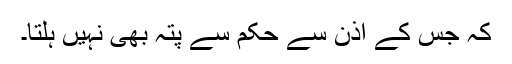
کہ جس کے اذن سے حکم سے پتہ بھی نہیں ہلتا۔